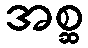
အစ္ဆ